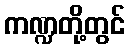
ကဏ္ဍတို့တွင်